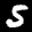
Label: 5